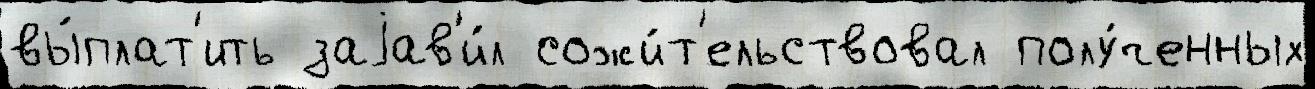
вы́плат'ить заjав'и́л сожи́т'ельствовал полу́ченных